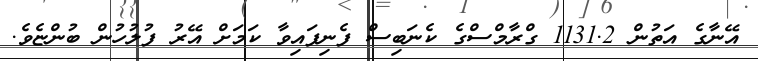
އޭނާގެ އަތުން 1131.2 ގްރާމްސްގެ ކެނަބިސް ފެނިފައިވާ ކަމަށް އޭރު ފުލުހުން ބުންޏެވެ.